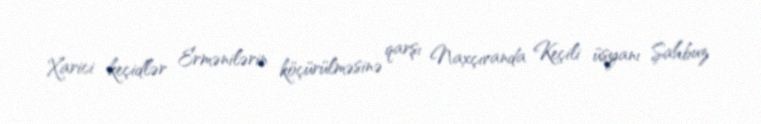
Xarici keçidlər Ermənilərin köçürülməsinə qarşı Naxçıvanda Keçili üsyanı Şahbuz